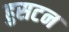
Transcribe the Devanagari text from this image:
हुसटन